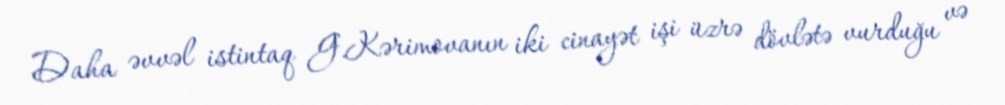
Daha əvvəl istintaq G.Kərimovanın iki cinayət işi üzrə dövlətə vurduğu və